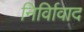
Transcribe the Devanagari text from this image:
निर्विावाद